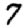
Digit: 7